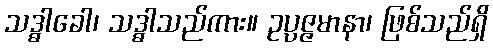
သဒ္ဓါခေါ၊ သဒ္ဓါသည်ကား။ ဥပ္ပဇ္ဇမာနာ၊ ဖြစ်သည်ရှိ